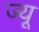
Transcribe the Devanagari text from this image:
ज्‍यू